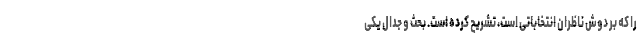
را که بر دوش ناظران انتخاباتی است، تشریح کرده است. بحث و جدال یکی